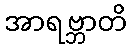
အာရဗ္ဘာတိ